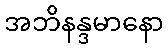
အဘိနန္ဒမာနော